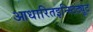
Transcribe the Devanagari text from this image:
आधारितइन्स्टिट्यूट